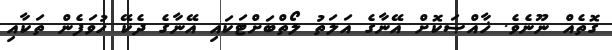
ގޮތެއް ނޫނެވެ. ޚާއްޞަކޮށް އޭނާގެ އަލަތު ލޯތްބަށްޓަކައި އޭނާގެ ދެކޭ ހުވަފެން ތަކާއި